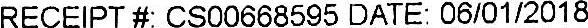
RECEIPT #: CS00668595 DATE: 06/01/2018